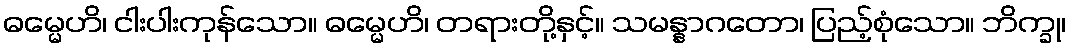
ဓမ္မေဟိ၊ ငါးပါးကုန်သော။ ဓမ္မေဟိ၊ တရားတို့နှင့်။ သမန္နာဂတော၊ ပြည့်စုံသော။ ဘိက္ခု၊